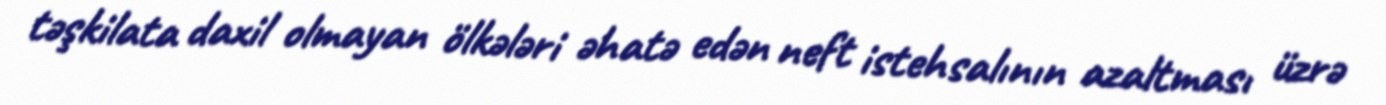
təşkilata daxil olmayan ölkələri əhatə edən neft istehsalının azaltması üzrə